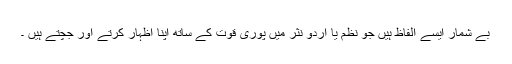
بے شمار ایسے الفاظ ہیں جو نظم یا اُردو نثر میں پوری قوت کے ساتھ اپنا اظہار کرتے اور جچتے ہیں ۔